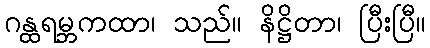
ဂန္ထရမ္ဘကထာ၊ သည်။ နိဋ္ဌိတာ၊ ပြီးပြီ။